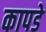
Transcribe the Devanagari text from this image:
कापडे